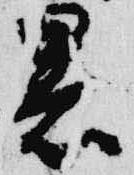
署